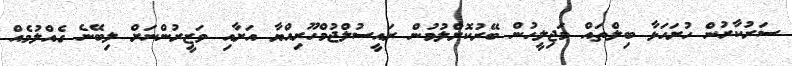
ސަރުކާރުން ހުށަހަޅާ ބިލްތައް މަޖިލީހުން ބޭރުކޮށްލުމުން ރައީސުލްޖުމްހޫރިއްޔާ އަށާއި ވަޒީރުންނަށް ލިބޭނެ ގެއްލުމެއް